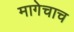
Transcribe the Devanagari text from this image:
मागेचाच